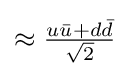
{\textstyle \approx {\frac {u{\bar {u}}+d{\bar {d}}}{\sqrt {2}}}}